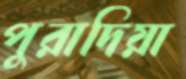
পুরাদিয়া